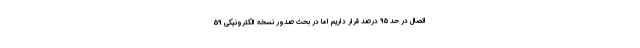
اتصال در حد 95 درصد قرار داریم اما در بحث صدور نسخه الکترونیکی 59